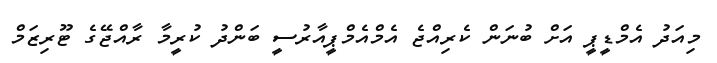
މިއަދު އެމްޑީޕީ އަށް ބުނަން ކެރިއްޖެ އެމްއެމްޕީއާރުސީ ބަންދު ކުރީމާ ރާއްޖޭގެ ޓޫރިޒަމް